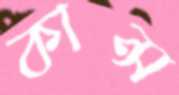
কান্স